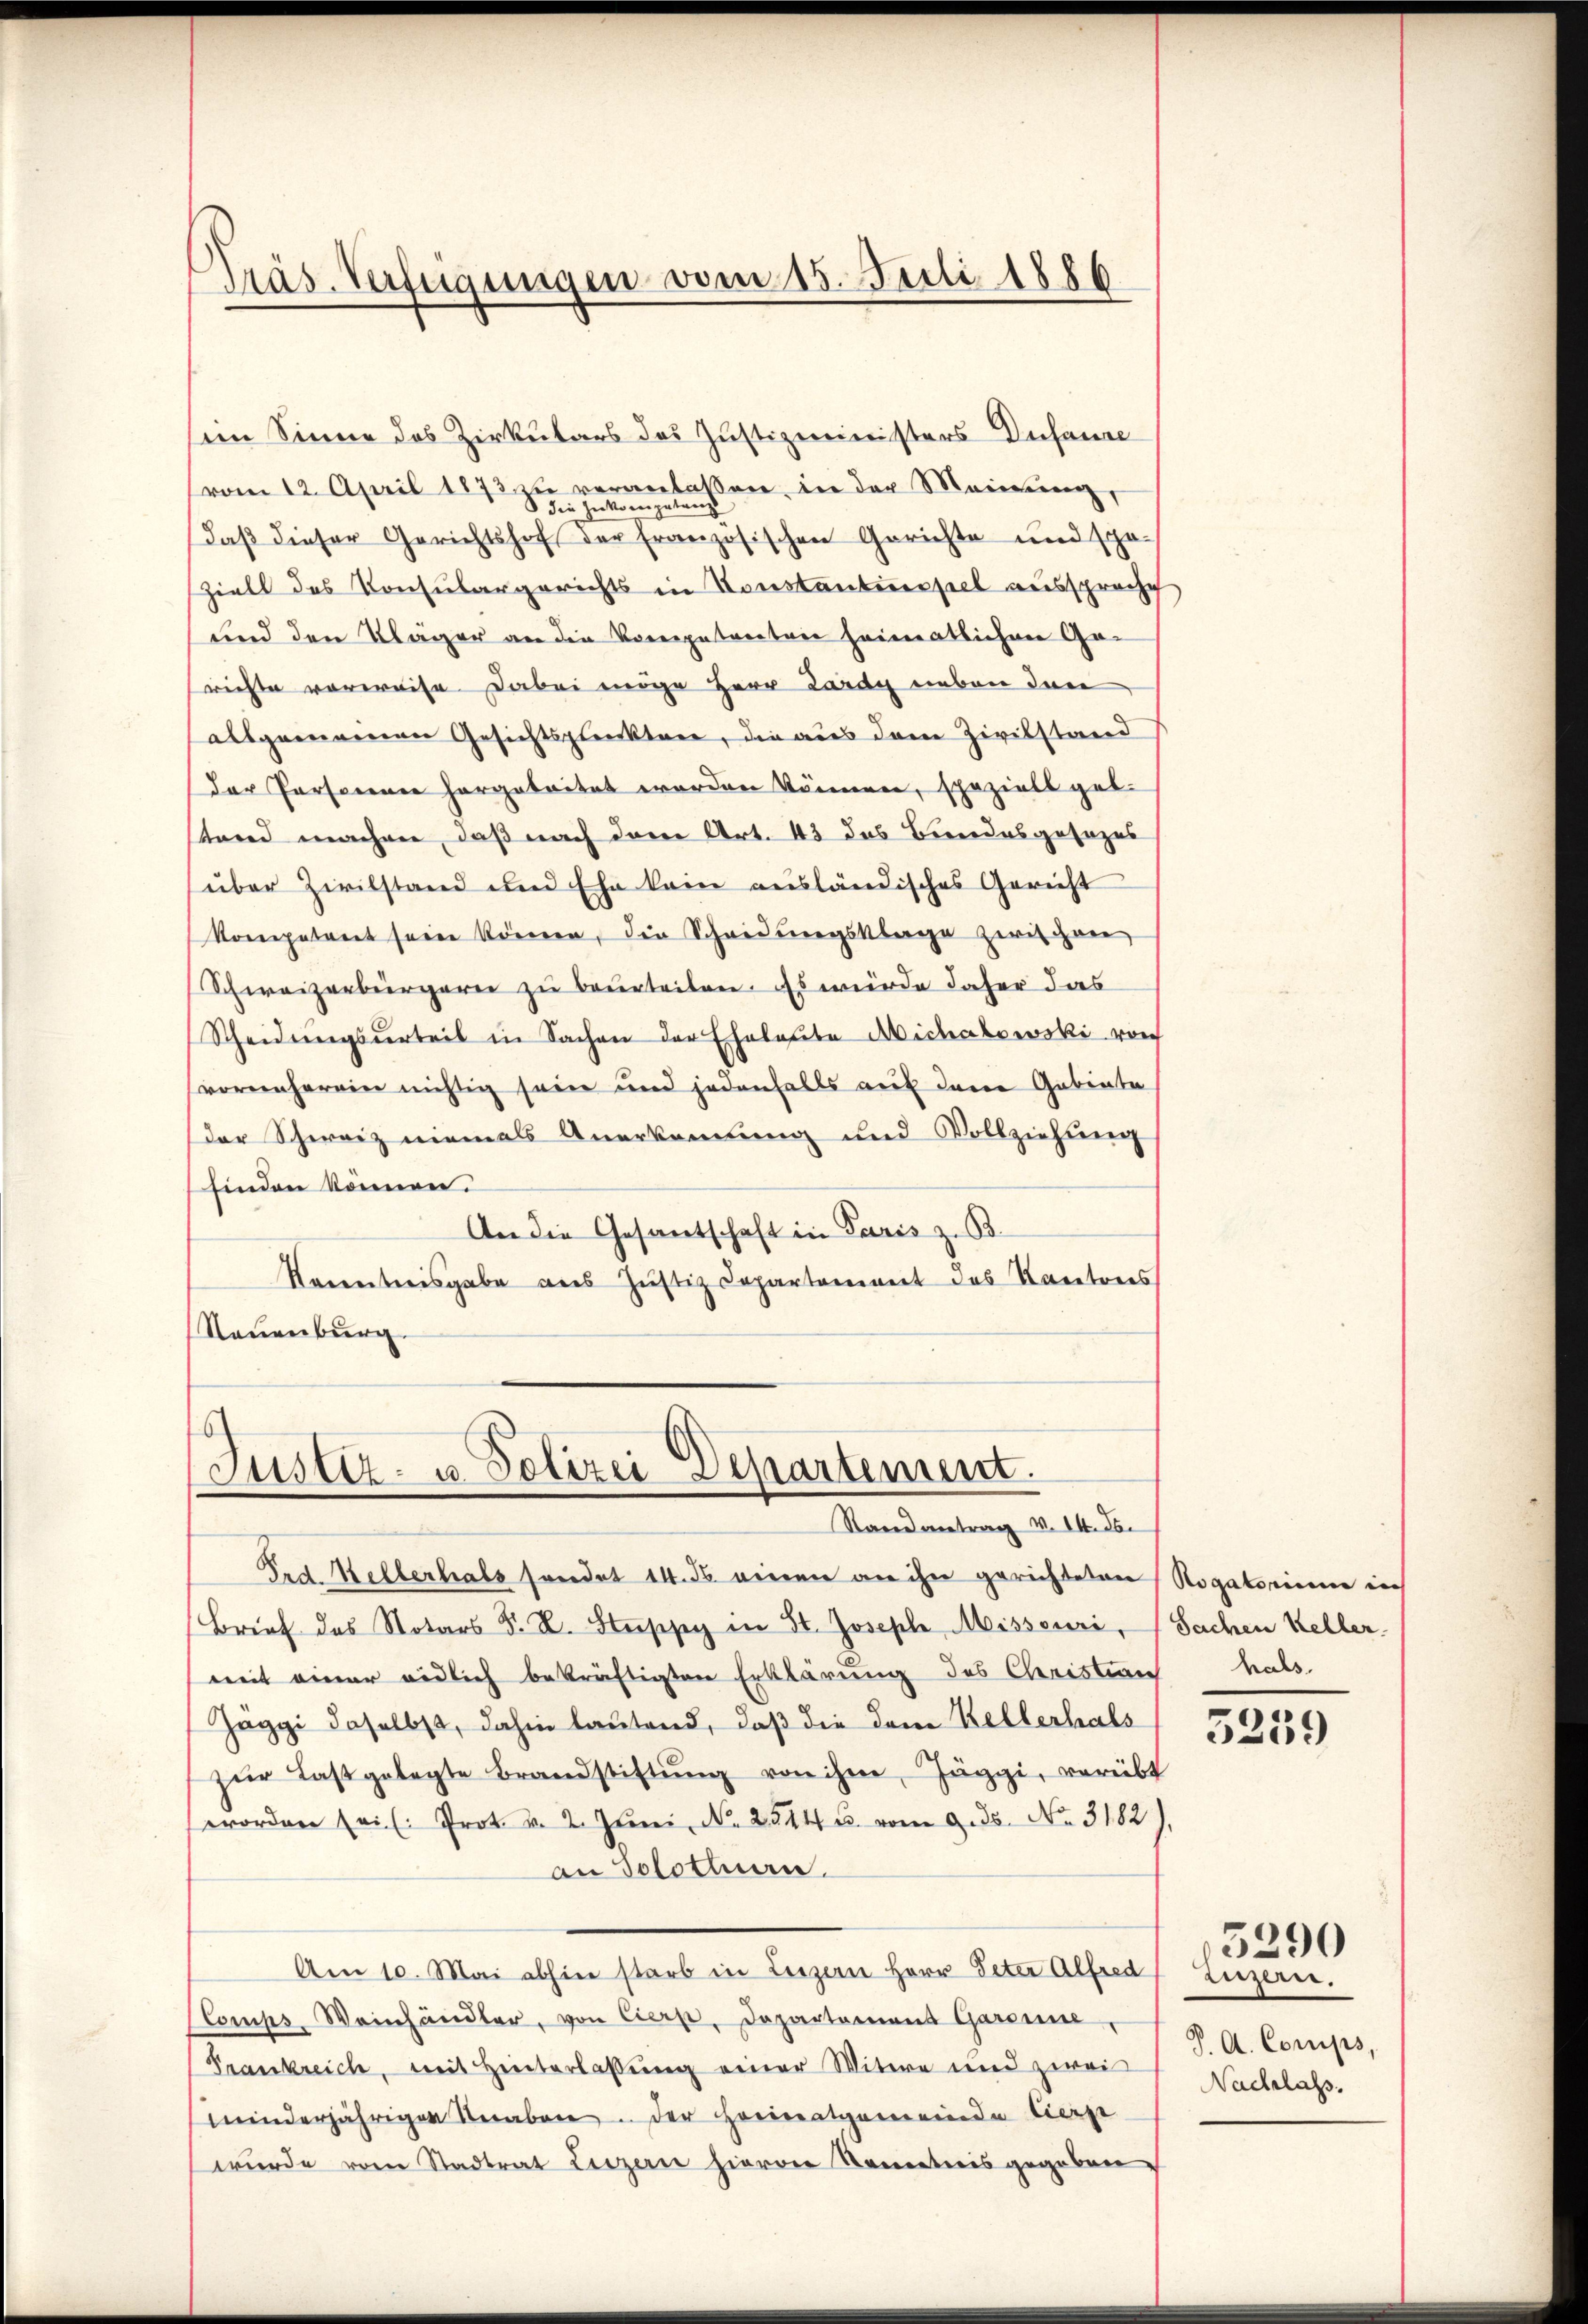
Präs. Verfügungen vom 15. Juli 1886

sein Sinne des Zirkulars des Justizministers Dusaure
vom 12. April 1873 zu veranlaßen, in der Meinung,
 die Inkompetenzs
Daβ dieser Gerichtshof der französischen Gerichte und spä-
ziell des Consulargerichts in Konstanteressel aussprache
und den Kläger an die Kompetenten heimatlichen Garichte verweise dabei mige Herr Lardy neben den
allgemeinen Gesichtspunktere, die aus dem Zivilstand
Der Persorenen hergebritat worden können, speziell geb.
tend machen, daß nach dem Art. 43 das Bundesgesezes
über Zivilstand und Ehe kein ausländisches Gericht
Kompetent seine können, die Scheidungsklage zwischen
Schweizerbürgern zu beurteilen. Es wurde daher das
Scheidŭngsŭrteil in Sachen der Eheleute Michakowski von
vornherein nichtig sein und jedenfalls auf dene Gabinte
der Schweiz niemals Anerkennung und Vollziehung
finden können.
An die Gesantschaft in Paris z. B.
Racentreisgabe aus Justiz Capartement des Kantons
Nauenburg.

Justiz- u. Polizei Departement.
Randantrag v. II. For

Frd. Kellerhals sendet 14. ds. einen an ihn gerichteten
Brief des Notars F. L. Steise in St. Joseph Misseuri,
mit einer eidlich bekräftigten Erklärung des Christian Hals.
Jäggi daselbst, dahin lautend, daß die dem Kellerhals
zŭr Last gelegte Brandstiftŭng von ihm, Jäggi, verübt
worden sei. Prot. v. 2. Jŭni N. 2544 u. vom 9. ds. No. 3182)
an Solothurn.
Am 10. Mai abhin starb in Luzern Herr Peter Alfred Luzern.
Comps, Weinhändler, von Cierp, Departement Garanne,
Frankreich, mit Hinterlassung einer Witwe und zwei
minderjährigen Steraben der Heimatgemeinde Eierse
wurde vom Stadtrat Luzern hievon Rometris gegeben.

Rogatorium in
Sachen Keller.

5259

S. A. Comips,
Nachlass.

5290